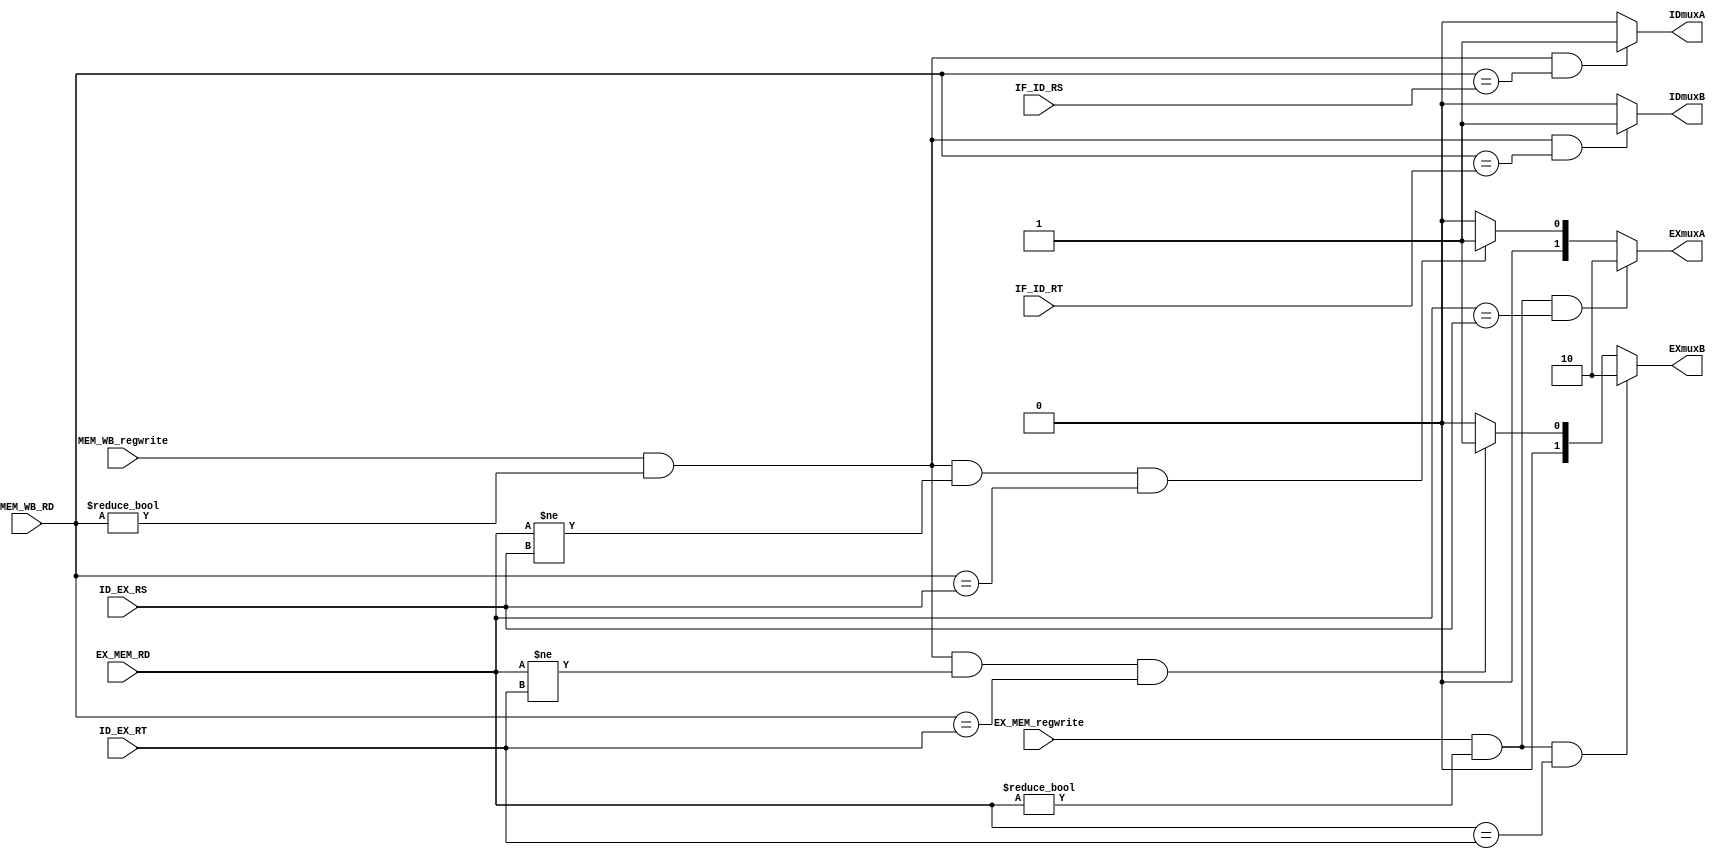
/***************************************************
Student Name: 
Student ID: 
***************************************************/

`timescale 1ns / 1ps

module forwarding(
    	input [4:0] ID_EX_RS, 
	input [4:0] ID_EX_RT,
	input [4:0] EX_MEM_RD,
	input [4:0] MEM_WB_RD,
	input EX_MEM_regwrite,
	input MEM_WB_regwrite,
	output reg [1:0] EXmuxA,
	output reg [1:0] EXmuxB,
	//
	
	input [4:0] IF_ID_RS,
	input [4:0] IF_ID_RT,
	output reg IDmuxA,
	output reg IDmuxB
	);

always@(*) begin
	if( EX_MEM_regwrite && (EX_MEM_RD!=0) && (EX_MEM_RD==ID_EX_RS) )
		EXmuxA<=2'b10;
	else if( MEM_WB_regwrite && (MEM_WB_RD!=0) && (EX_MEM_RD!=ID_EX_RS) && (MEM_WB_RD==ID_EX_RS) )
		EXmuxA<=2'b01;
	else
		EXmuxA<=2'b00;
	//
	if( EX_MEM_regwrite && (EX_MEM_RD!=0) && (EX_MEM_RD==ID_EX_RT) )
		EXmuxB<=2'b10;
	else if( MEM_WB_regwrite && (MEM_WB_RD!=0) && (EX_MEM_RD!=ID_EX_RT) && (MEM_WB_RD==ID_EX_RT) )
		EXmuxB<=2'b01;
	else
		EXmuxB<=2'b00;
	//
	if( MEM_WB_regwrite && (MEM_WB_RD!=0) && (MEM_WB_RD==IF_ID_RS) )
		IDmuxA<=1'b1;
	else
		IDmuxA<=1'b0;
	//
	if( MEM_WB_regwrite && (MEM_WB_RD!=0) && (MEM_WB_RD==IF_ID_RT) )
		IDmuxB<=1'b1;
	else
		IDmuxB<=1'b0;

end



endmodule